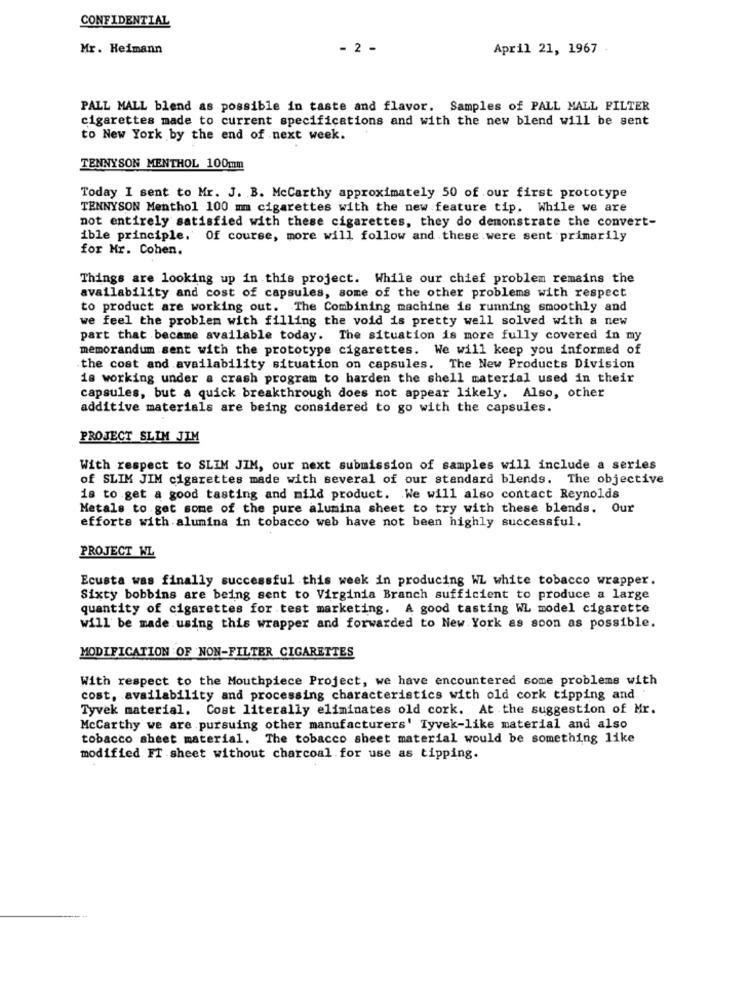
CONFIDENTIAL
Mr. Heimann
- 2 -
April 21, 1967
PALL MALL blend as possible in taste and flavor. Samples of PALL MALL FILTER
cigarettes made to current specifications and with the new blend will be sent
to New York by the end of next week.
TENNYSON MENTHOL 100mm
Today I sent to Mr. J. B. Mccarthy approximately 50 of our first prototype
TENNYSON Menthol 100 mm cigarettes with the new feature tip. While we are
not entirely satisfied with these cigarettes, they do demonstrate the convert-
ible principle. Of course, more will follow and these were sent primarily
for Mr. Cohen.
Things are looking up in this project. While our chief problem remains the
availability and cost of capsules, some of the other problems with respect
to product are working out. The Combining machine is running smoothly and
we feel the problem with filling the void is pretty well solved with a new
part that became available today. The situation is more fully covered in my
memorandum sent with the prototype cigarettes. We will keep you informed of
the cost and availability situation on capsules. The New Products Division
is working under a crash program to harden the shell material used in their
capsules, but a quick breakthrough does not appear likely. Also, other
additive materials are being considered to go with the capsules.
PROJECT SLIM JIM
With respect to SLIM JIM, our next submission of samples will include a series
of SLIM JIM cigarettes made with several of our standard blends. The objective
is to get a good tasting and mild product. We will also contact Reynolds
Metals to get some of the pure alumina sheet to try with these blends. Our
efforts with alumina in tobacco web have not been highly successful.
PROJECT WL
Ecusta was finally successful this week in producing WL white tobacco wrapper.
Sixty bobbins are being sent to Virginia Branch sufficient to produce a large
quantity of cigarettes for test marketing. A good tasting WL model cigarette
will be made using this wrapper and forwarded to New York as soon as possible.
MODIFICATION OF NON-FILTER CIGARETTES
With respect to the Mouthpiece Project, we have encountered some problems with
cost, availability and processing characteristics with old cork tipping and
Tyvek material. Cost literally eliminates old cork. At the suggestion of Mr.
McCarthy we are pursuing other manufacturers' Tyvek-like material and also
tobacco sheet material. The tobacco sheet material would be something like
modified FT sheet without charcoal for use as tipping.